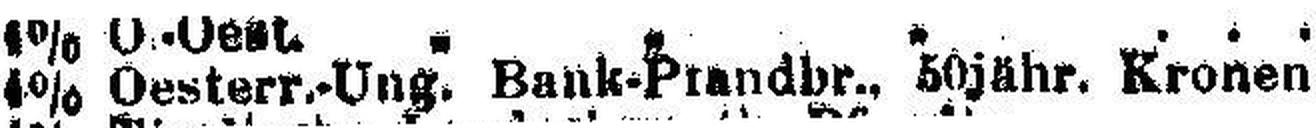
4% Oesterr.-Ung. Bank-Pfandbr., 50jähr. Kronen